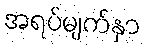
အရပ်မျက်နှာ